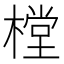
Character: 樘